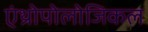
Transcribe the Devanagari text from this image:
एंथ्रोपोलोजिकल